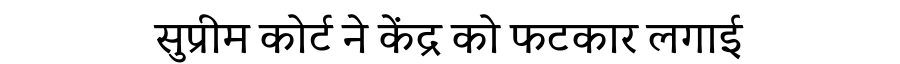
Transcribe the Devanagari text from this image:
सुप्रीम कोर्ट ने केंद्र को फटकार लगाई